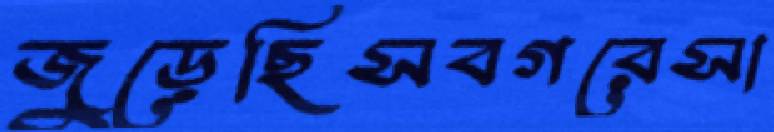
জুড়েছিসবগরেসা